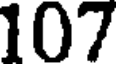
107